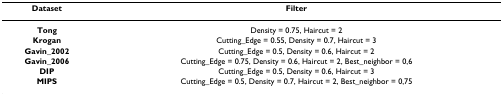
<table><thead><tr><td><b>Dataset</b></td><td><b>Filter</b></td></tr></thead><tbody><tr><td><b>Tong</b></td><td>Density = 0.75, Haircut = 2</td></tr><tr><td><b>Krogan</b></td><td>Cutting_Edge = 0.55, Density = 0.7, Haircut = 3</td></tr><tr><td><b>Gavin_2002</b></td><td>Cutting_Edge = 0.5, Density = 0.6, Haircut = 2</td></tr><tr><td><b>Gavin_2006</b></td><td>Cutting_Edge = 0.75, Density = 0.6, Haircut = 2, Best_neighbor = 0,6</td></tr><tr><td><b>DIP</b></td><td>Cutting_Edge = 0.5, Density = 0.6, Haircut = 3</td></tr><tr><td><b>MIPS</b></td><td>Cutting_Edge = 0.5, Density = 0.7, Haircut = 2, Best_neighbor = 0,75</td></tr></tbody></table>